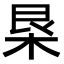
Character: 𣐻